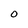
Character: O